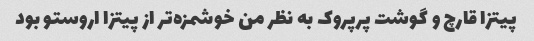
پیتزا قارچ و گوشت پرپروک به نظر من خوشمزه‌تر از پیتزا اروستو بود